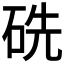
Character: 𥑻